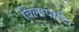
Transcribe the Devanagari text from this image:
विलापादि